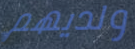
ولديهم